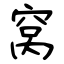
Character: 窝